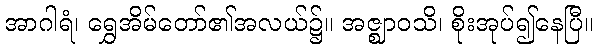
အာဂါရံ၊ ရွှေအိမ်တော်၏အလယ်၌။ အဇ္ဈာဝသိ၊ စိုးအုပ်၍နေပြီ။